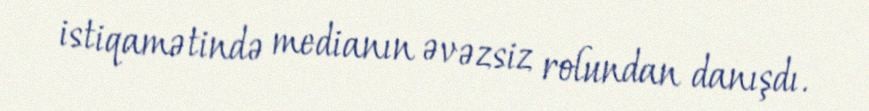
istiqamətində medianın əvəzsiz rolundan danışdı.